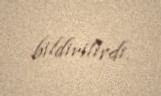
bildirilirdi.